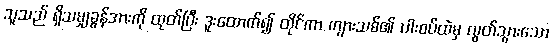
သူသည် ရှိသမျှခွန်အားကို ထုတ်ပြီး ဒူးထောက်၍ ထိုင်ကာ ကျားသစ်၏ ပါးစပ်ထဲမှ လွတ်သွားသော